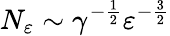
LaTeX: N_{\varepsilon}\sim\gamma^{-\frac 12}\varepsilon^{-\frac 32}